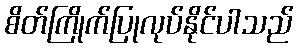
စိတ်ကြိုက်ပြုလုပ်နိုင်ပါသည်